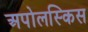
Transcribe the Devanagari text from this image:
अपोलस्किस